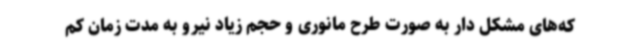
که‌های مشکل دار به صورت طرح مانوری و حجم زیاد نیرو به مدت زمان کم